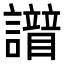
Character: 𧭘